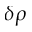
\delta \rho